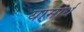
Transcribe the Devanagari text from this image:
यामार्ध